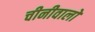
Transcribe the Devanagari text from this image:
चीनीवालों